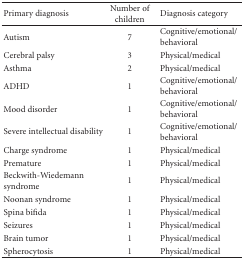
<table><thead><tr><td><b> Primary diagnosis</b></td><td><b>Number of children</b></td><td><b>Diagnosis category</b></td></tr></thead><tbody><tr><td>Autism</td><td>7</td><td>Cognitive/emotional/behavioral</td></tr><tr><td>Cerebral palsy</td><td>3</td><td>Physical/medical</td></tr><tr><td>Asthma</td><td>2</td><td>Physical/medical</td></tr><tr><td>ADHD</td><td>1</td><td>Cognitive/emotional/behavioral</td></tr><tr><td>Mood disorder</td><td>1</td><td>Cognitive/emotional/behavioral</td></tr><tr><td>Severe intellectual disability</td><td>1</td><td>Cognitive/emotional/behavioral</td></tr><tr><td>Charge syndrome</td><td>1</td><td>Physical/medical</td></tr><tr><td>Premature</td><td>1</td><td>Physical/medical</td></tr><tr><td>Beckwith-Wiedemann syndrome</td><td>1</td><td>Physical/medical</td></tr><tr><td>Noonan syndrome</td><td>1</td><td>Physical/medical</td></tr><tr><td>Spina bifida</td><td>1</td><td>Physical/medical</td></tr><tr><td>Seizures</td><td>1</td><td>Physical/medical</td></tr><tr><td>Brain tumor</td><td>1</td><td>Physical/medical</td></tr><tr><td>Spherocytosis</td><td>1</td><td>Physical/medical</td></tr></tbody></table>